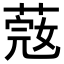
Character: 𦶲